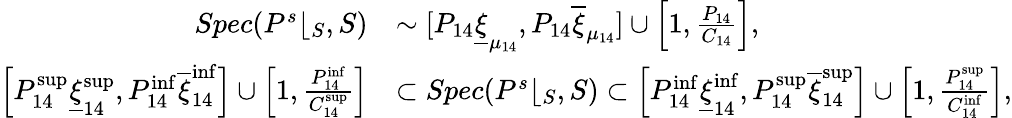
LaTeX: \begin{array}{rl}{Spec(P^{s}\lfloor_{S},S)}&{\sim\lbrack P_{14}\underline{{\xi}}_{\mu_{14}},P_{14}\overline{{\xi}}_{\mu_{14}}]\cup\left[1,\frac{P_{14}}{C_{14}}\right],}\\ {\left[P_{14}^{\operatorname*{sup}}\underline{{\xi}}_{14}^{\operatorname*{sup}},P_{14}^{\operatorname*{inf}}\overline{{\xi}}_{14}^{\operatorname*{inf}}\right]\cup\left[1,\frac{P_{14}^{\operatorname*{inf}}}{C_{14}^{\operatorname*{sup}}}\right]}&{\subset Spec(P^{s}\lfloor_{S},S)\subset\left[P_{14}^{\operatorname*{inf}}\underline{{\xi}}_{14}^{\operatorname*{inf}},P_{14}^{\operatorname*{sup}}\overline{{\xi}}_{14}^{\operatorname*{sup}}\right]\cup\left[1,\frac{P_{14}^{\operatorname*{sup}}}{C_{14}^{\operatorname*{inf}}}\right],}\end{array}